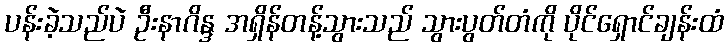
ပန်းခဲ့သည်ပဲ ဦးနာဂိန္ဒ အရှိန်တန့်သွားသည် သွားပွတ်တံကို ပိုင်ရှောင်ချန်းထံ